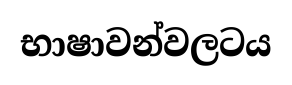
භාෂාවන්වලටය